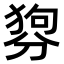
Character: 𤟳